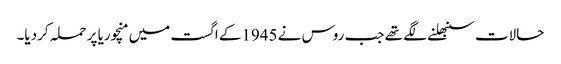
حالات سنبھلنے لگے تھے جب روس نے 1945کے اگست میں منچوریا پر حملہ کردیا۔